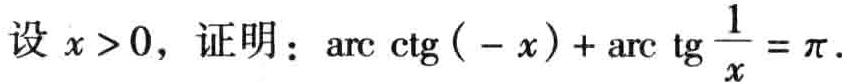
设 \(x > 0\)，证明：\(\text{arc}\cot(-x)+\text{arc}\tan\frac{1}{x}=\pi\)。